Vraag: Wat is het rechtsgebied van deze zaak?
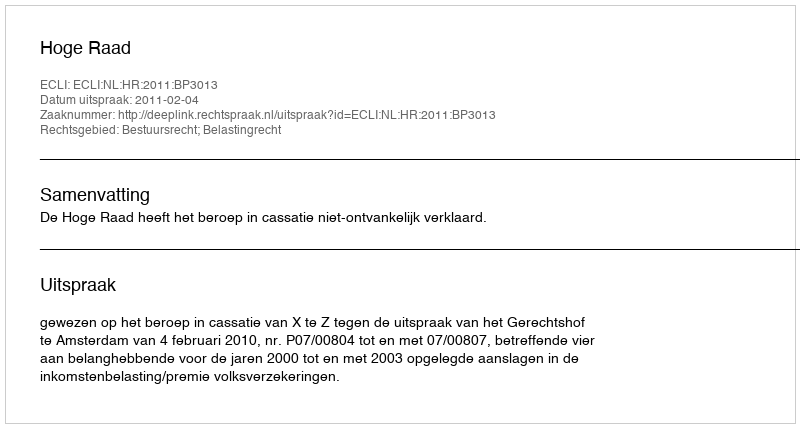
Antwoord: Bestuursrecht; Belastingrecht